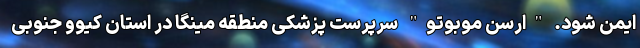
ایمن شود. "ارسن موبوتو" سرپرست پزشکی منطقه مینگا در استان کیوو جنوبی